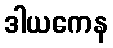
ဒါယကေန